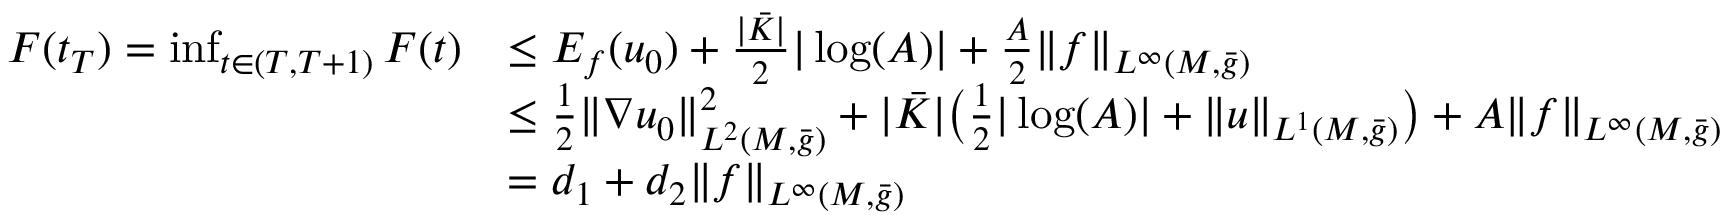
\begin{array} { r l } { F ( t _ { T } ) = \operatorname* { i n f } _ { t \in ( T , T + 1 ) } F ( t ) } & { \le E _ { f } ( u _ { 0 } ) + \frac { | \bar { K } | } { 2 } | \log ( A ) | + \frac { A } { 2 } \| f \| _ { L ^ { \infty } ( M , \bar { g } ) } } \\ & { \le \frac 1 2 \| \nabla u _ { 0 } \| _ { L ^ { 2 } ( M , \bar { g } ) } ^ { 2 } + | \bar { K } | \bigl ( \frac { 1 } { 2 } | \log ( A ) | + \| u \| _ { L ^ { 1 } ( M , \bar { g } ) } \bigr ) + A \| f \| _ { L ^ { \infty } ( M , \bar { g } ) } } \\ & { = d _ { 1 } + d _ { 2 } \| f \| _ { L ^ { \infty } ( M , \bar { g } ) } } \end{array}